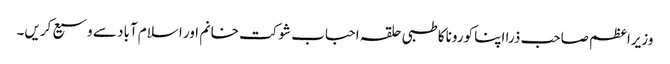
وزیراعظم صاحب ذرا اپنا کورونا کا طبی حلقہ احباب شوکت خانم اور اسلام آباد سے وسیع کریں۔